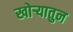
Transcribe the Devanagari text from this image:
खोऱ्यातुन